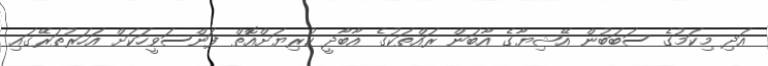
އަދި މިކަމުގެ ސަބަބުން އޭޝިޔާގެ އާބަން ރައްތަކުގެ އާބާދީ ކުރިޔަށްއޮތް ފަންސަވީހަކަށް އަހަރުތަރޭގައި